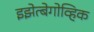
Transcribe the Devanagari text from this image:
इझेत्बेगोव्हिक